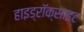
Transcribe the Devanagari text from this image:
हाइड्रॉक्साइट